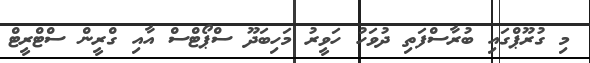
މި ގުރޫޕްގައި ބުރާސްފަތި ދުވަހު ހަވީރު މަހިބަދޫ ސްޕޯޓްސް އާއި ގްރީން ސްޓްރީޓް